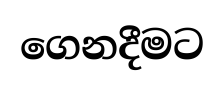
ගෙනදීමට